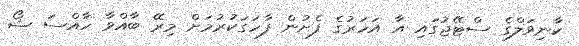
ކާނިވަލްގެ ސްޓޭޖުގައި އާ އަހަރުގެ ފެށުން ފާހަގަކުރުމަށް މިރޭ ބާއްވާ ހާއްސަ ޝޯ